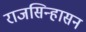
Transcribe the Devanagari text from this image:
राजसिन्हासन